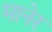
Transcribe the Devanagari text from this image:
मानेर